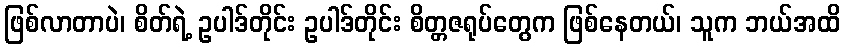
ဖြစ်လာတာပဲ၊ စိတ်ရဲ့ ဥပါဒ်တိုင်း ဥပါဒ်တိုင်း စိတ္တဇရုပ်တွေက ဖြစ်နေတယ်၊ သူက ဘယ်အထိ